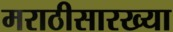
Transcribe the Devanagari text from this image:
मराठीसारख्या